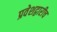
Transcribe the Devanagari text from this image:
प्रवेशद्वारीच